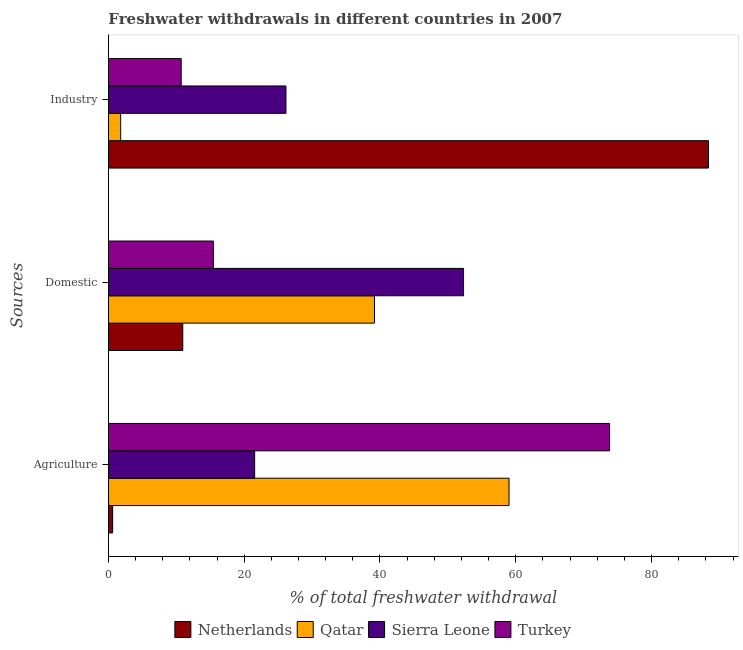
| Sources | Netherlands | Qatar | Sierra Leone | Turkey |
 | --- | --- | --- | --- | --- |
 | Agriculture | 0.62 | 59 | 21.5 | 73.8 |
 | Domestic | 10.9 | 39.2 | 52.3 | 15.5 |
 | Industry | 88.4 | 1.8 | 26.1 | 10.7 |